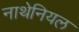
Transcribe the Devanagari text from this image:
नाथेनियल